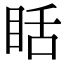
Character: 䀨